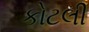
કોટલી